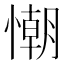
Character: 𢢅